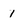
Character: 1